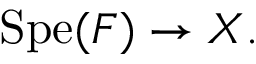
\mathrm { S p e } ( F ) \to X .